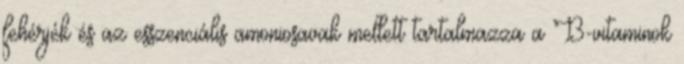
fehérjék és az esszenciális amoniosavak mellett tartalmazza a B-vitaminok